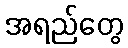
အရည်တွေ